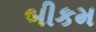
બીકમ